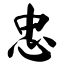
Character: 忠